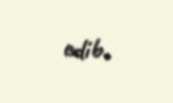
edib.